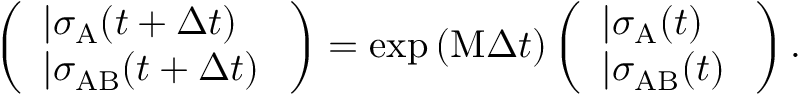
\left( \begin{array} { l } { | \sigma _ { \mathrm { A } } ( t + \Delta t ) \rrangle } \\ { | \sigma _ { \mathrm { A B } } ( t + \Delta t ) \rrangle } \end{array} \right) = \exp { ( \mathrm { M } \Delta t ) } \left( \begin{array} { l } { | \sigma _ { \mathrm { A } } ( t ) \rrangle } \\ { | \sigma _ { \mathrm { A B } } ( t ) \rrangle } \end{array} \right) .